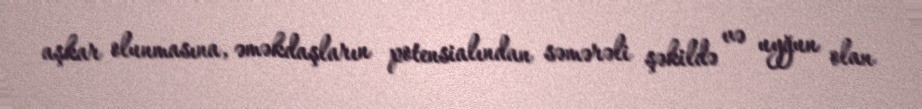
aşkar olunmasına, əməkdaşların potensialından səmərəli şəkildə və uyğun olan